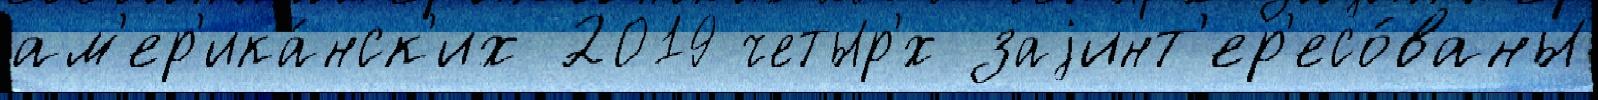
ам'ер'ика́нск'их 2019 четыр'́х заjинт'ер'есо́ваны